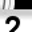
Digit: 2